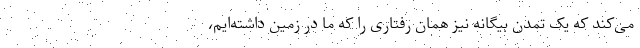
می‌کند که یک تمدن بیگانه نیز همان رفتاری را که ما در زمین داشته‌ایم،